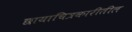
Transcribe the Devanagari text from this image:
छायाचित्रकारीतील